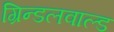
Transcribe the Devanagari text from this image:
ग्रिन्डलवाल्ड